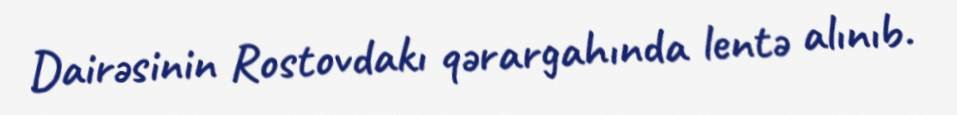
Dairəsinin Rostovdakı qərargahında lentə alınıb.